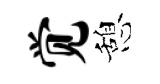
觉憩